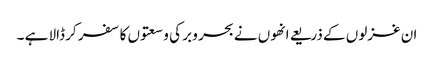
ان غزلوں کے ذریعے انھوں نے بحر و بر کی وسعتوں کا سفر کر ڈالا ہے ۔